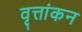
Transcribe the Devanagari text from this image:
वृत्तांकन